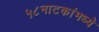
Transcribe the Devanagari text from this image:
५८नाटकांमध्ये